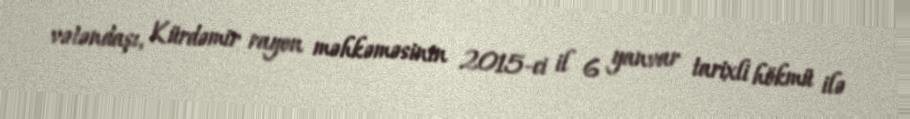
vətəndaşı, Kürdəmir rayon məhkəməsinin 2015-ci il 6 yanvar tarixli hökmü ilə